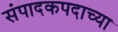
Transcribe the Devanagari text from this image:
संपादकपदाच्या